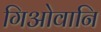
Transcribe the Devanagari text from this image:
गिओवानि